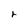
Character: r